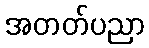
အတတ်ပညာ